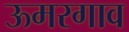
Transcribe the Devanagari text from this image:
ऊमरगाव